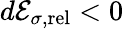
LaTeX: d{\cal E}_{\sigma,\mathrm{rel}}<0